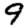
Digit: 9